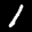
Label: 1